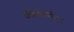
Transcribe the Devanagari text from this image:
वातवरणीय